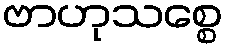
ဗာဟုသစ္စေ